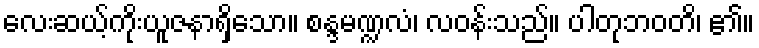
လေးဆယ့်ကိုးယူဇနာရှိသော။ စန္ဒမဏ္ဍလံ၊ လဝန်းသည်။ ပါတုဘဝတိ၊ ၏။